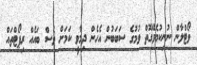
ވޯޓްލާން ނުނިކުމެވޭގޮތް ވުމުގެ ސަބަބުން އެހެން ދިމާވީ ކަމަށް ވެސް ބައެއް ރިޕޯޓްތައް